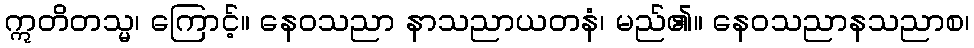
ဣတိတသ္မ၊ ကြောင့်။ နေဝသညာ နာသညာယတနံ၊ မည်၏။ နေဝသညာနသညာစ၊